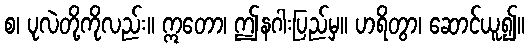
စ၊ ပုလဲတို့ကိုလည်း။ ဣတော၊ ဤနဂါးပြည်မှ။ ဟရိတွာ၊ ဆောင်ယူ၍။